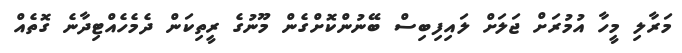
މަރާލި މީހާ އުމުރަށް ޖަލަށް ލައިފިބިސް ބޭނުންކޮށްގެން މޫނުގެ ރީތިކަން ދެމެހެއްޓިދާނެ ގޮތެއް